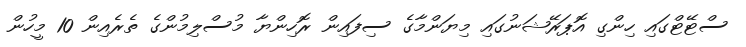
ސްޓޭޓްގައި ހިންގި އޮޕަރޭޝަނުގައި މިޔަންމާގެ ސިފައިން ރޮހިންޔާ މުސްލިމުންގެ ތެރެއިން 10 މީހުން